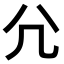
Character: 𡯂